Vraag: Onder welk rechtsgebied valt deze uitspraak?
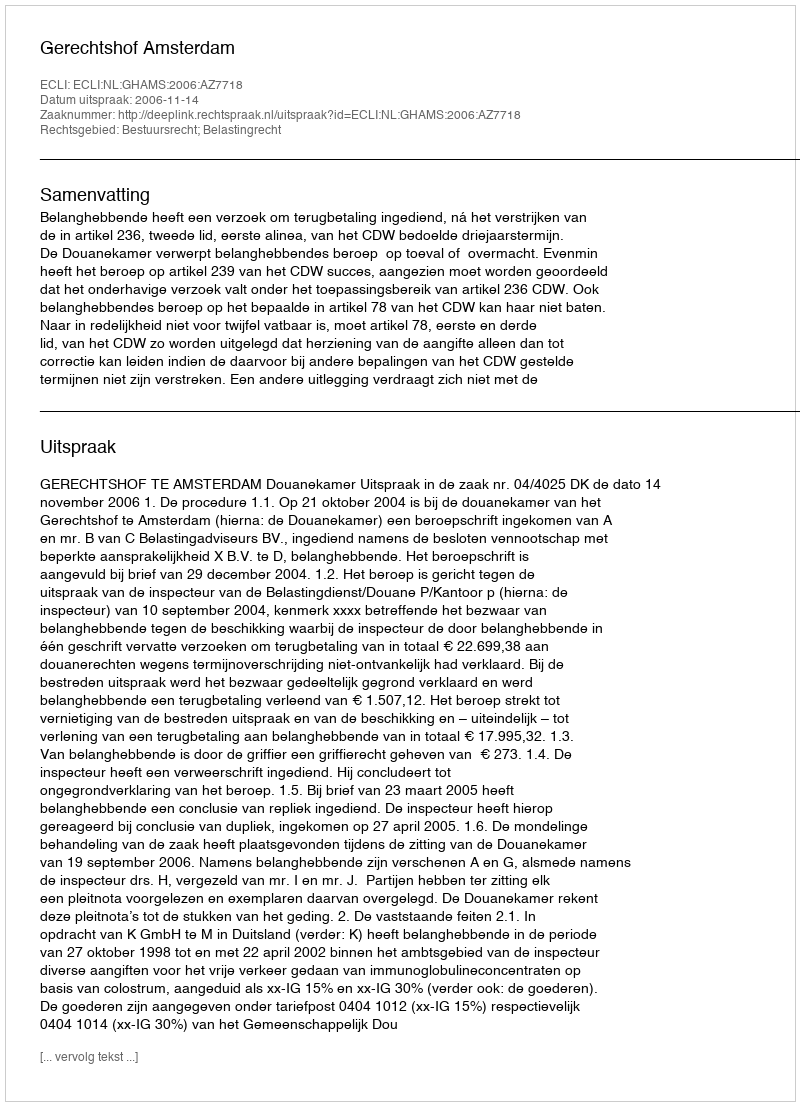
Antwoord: Bestuursrecht; Belastingrecht